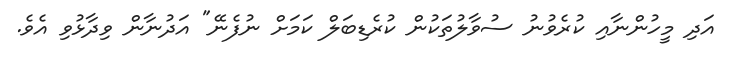
އަދި މީހުންނާއި ކުރެވުނު ސުވާލުތަކުން ކުރެޑިބަލް ކަމަށް ނުފެނޭ" އަދުނާން ވިދާޅުވި އެވެ.